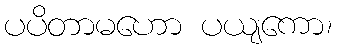
ပပိတာမဟော ပယျကော၊